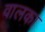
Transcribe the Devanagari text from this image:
वालका